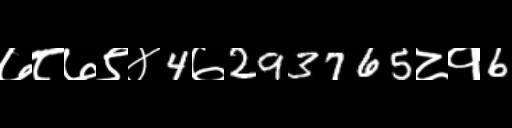
Text: ७८७९४4७293765८१6